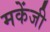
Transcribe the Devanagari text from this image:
मकेंजी